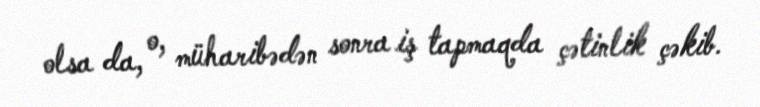
olsa da, o, müharibədən sonra iş tapmaqda çətinlik çəkib.